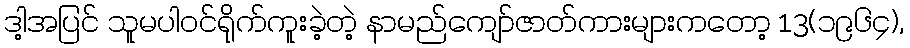
ဒါ့အပြင် သူမပါဝင်ရိုက်ကူးခဲ့တဲ့ နာမည်ကျော်ဇာတ်ကားများကတော့ 13(၁၉၆၄),